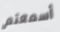
أسمعتم